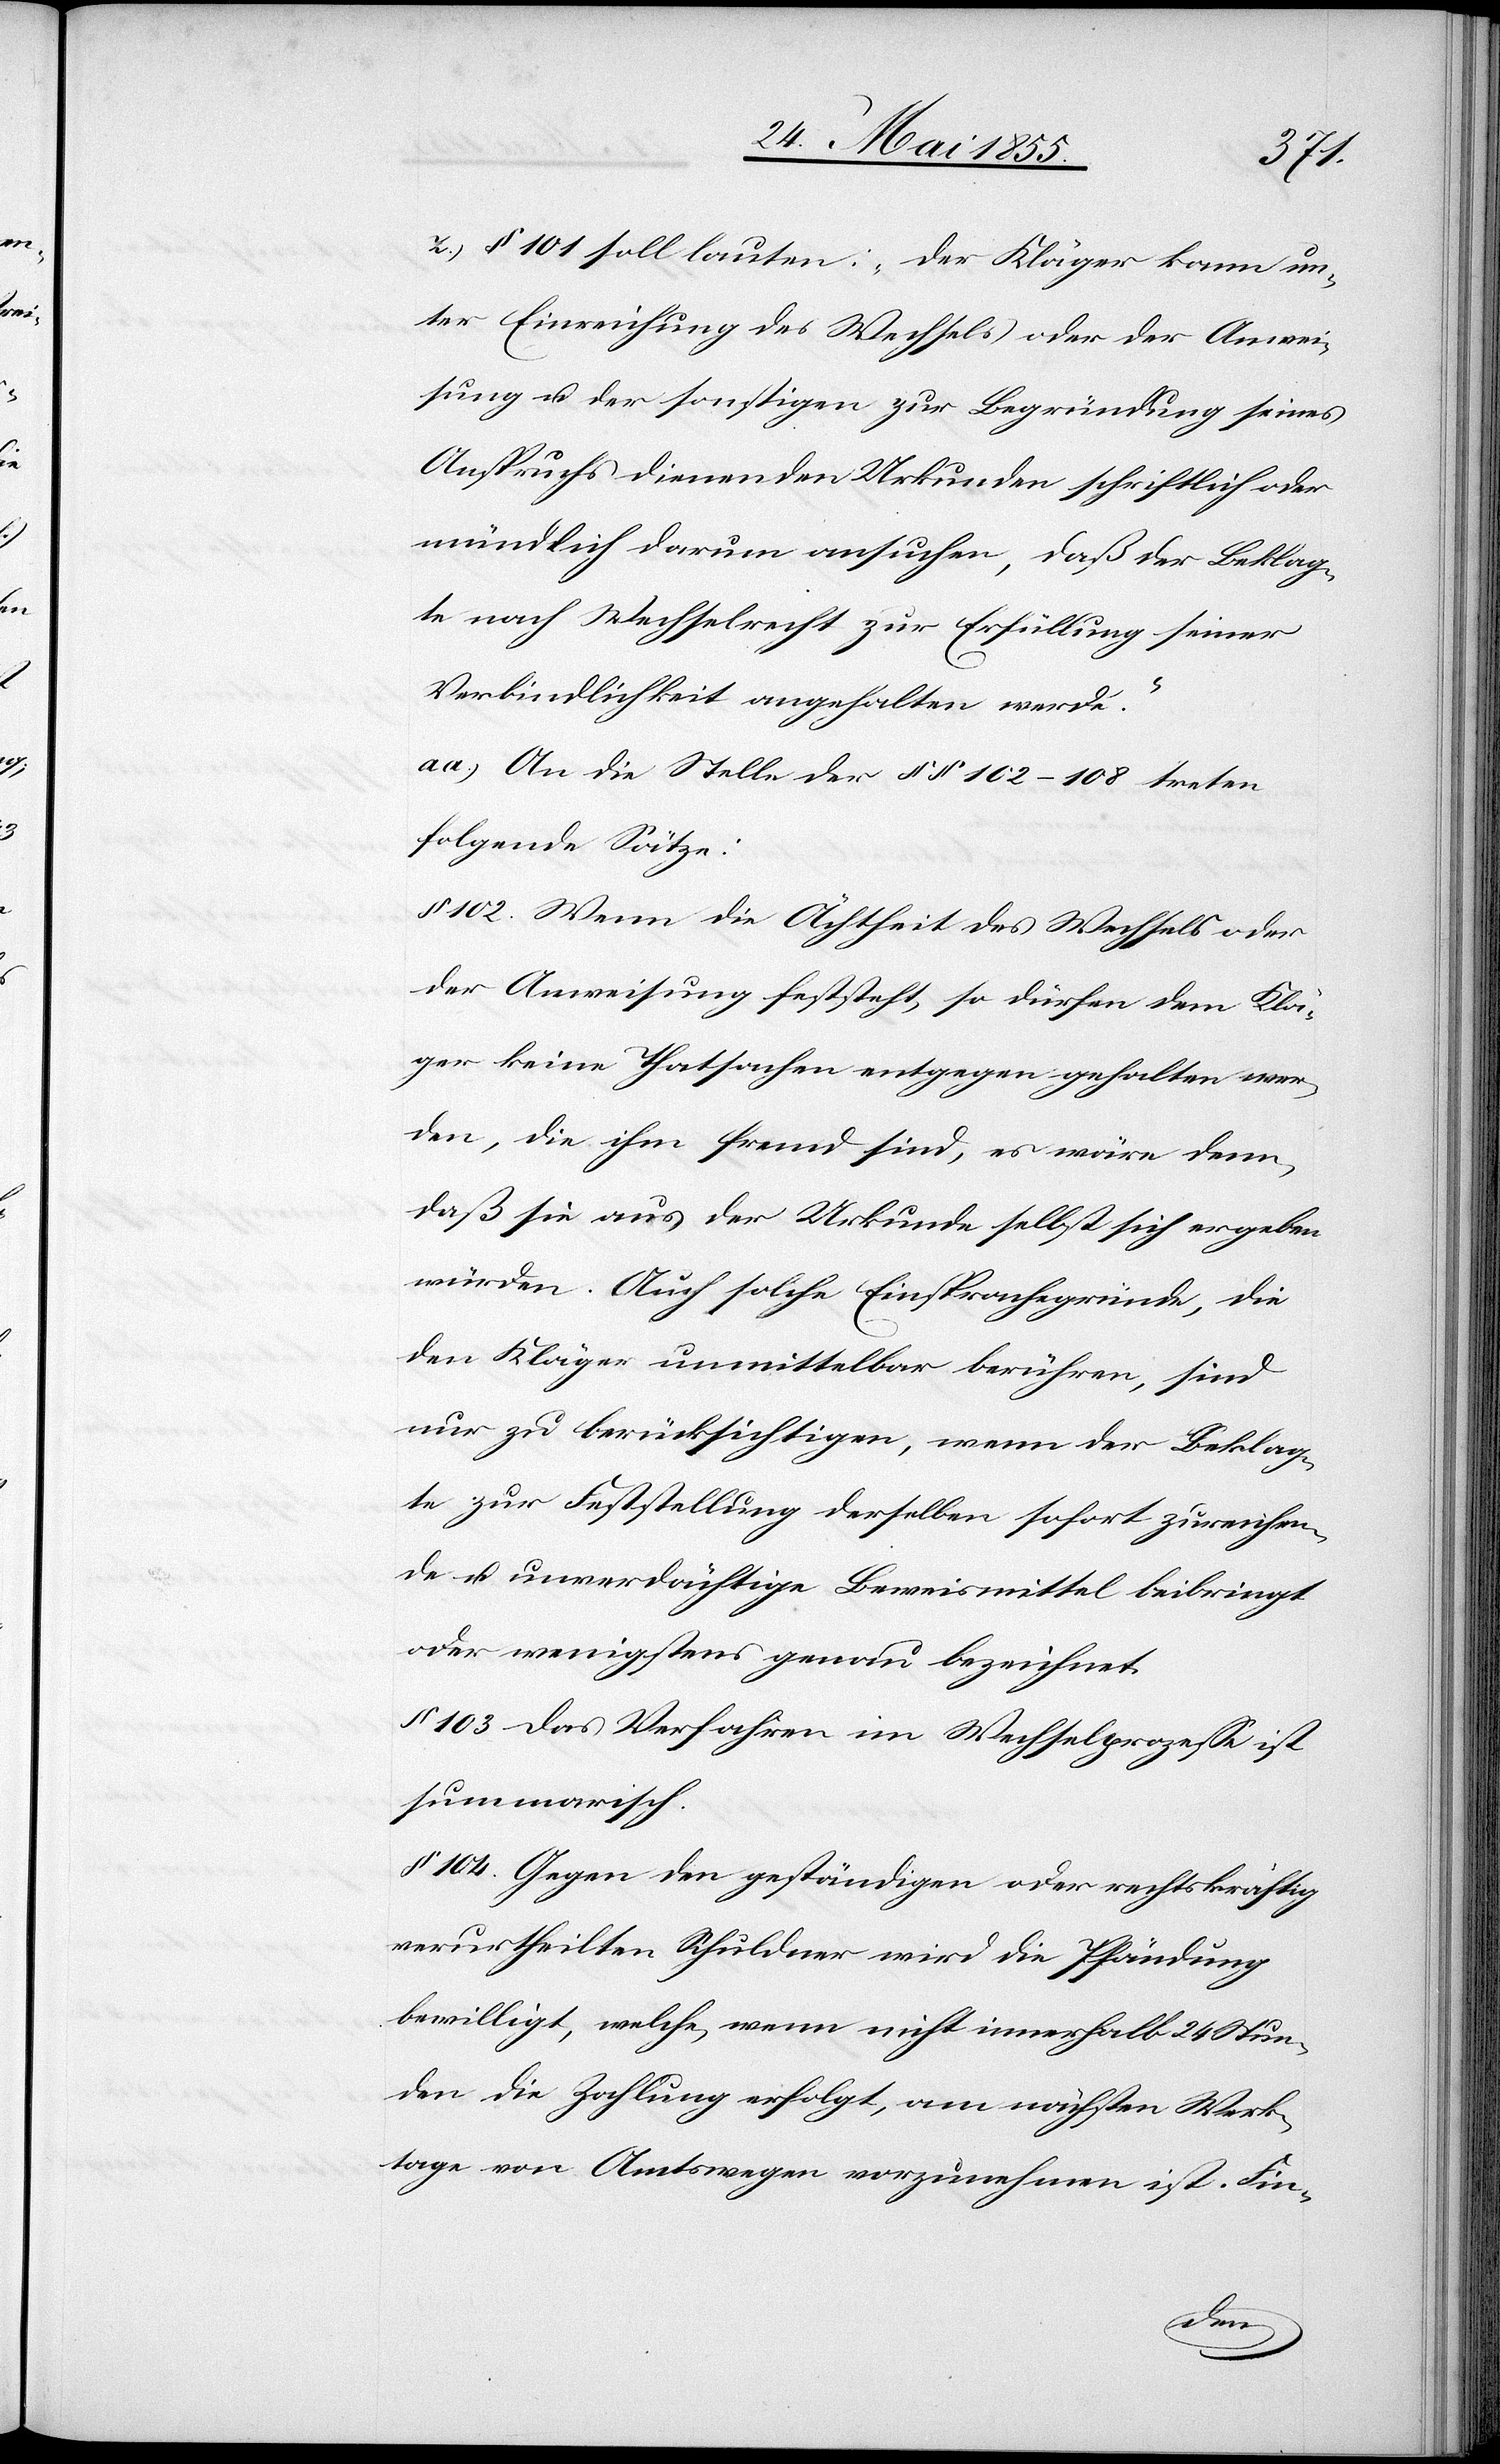
z.) § 101 soll lauten: „Der Kläger kann un¬
ter Einreichung des Wechsels oder der Anwei¬
sung u. der sonstigen zur Begründung seines
Anspruchs dienenden Urkunden schriftlich oder
mündlich darum ansuchen, daß der Beklag¬
te nach Wechselrecht zur Erfüllung seiner
Verbindlichkeit angehalten werde.“
aa.) An die Stelle der §§ 102–108 treten
folgende Sätze:
§ 102. Wenn die Ächtheit des Wechsels oder
der Anweisung feststeht, so dürfen dem Klä¬
ger keine Thatsachen entgegen gehalten wer¬
den, die ihm fremd sind, es wäre denn,
daß sie aus der Urkunde selbst sich ergeben
würden. Auch solche Einsprachegründe, die
den Kläger unmittelbar berühren, sind
nur zu berücksichtigen, wenn der Beklag¬
te zur Feststellung derselben sofort zureichen¬
de u. unverdächtige Beweismittel beibringt
oder wenigstens genau bezeichnet.
§ 103. Das Verfahren im Wechselprozesse ist
summarisch.
§ 104. Gegen den geständigen oder rechtskräftig
verurtheilten Schuldner wird die Pfändung
bewilligt, welche, wenn nicht innerhalb 24 Stun¬
den die Zahlung erfolgt, am nächsten Werk¬
tage von Amtswegen vorzunehmen ist. Fin-